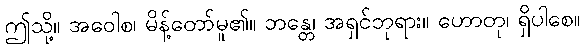
ဤသို့။ အဝေါစ၊ မိန့်တော်မူ၏။ ဘန္တေ၊ အရှင်ဘုရား။ ဟောတု၊ ရှိပါစေ။